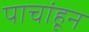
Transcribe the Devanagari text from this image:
पाचांहून